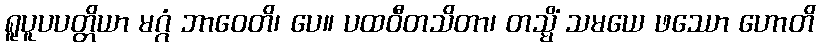
ရူပူပပတ္တိယာ မဂ္ဂံ ဘာဝေတိ၊ ပေ။ ပထဝီတသိတာ၊ တသ္မိံ သမယေ ဖဿော ဟောတိ